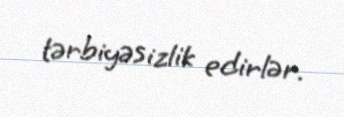
tərbiyəsizlik edirlər.